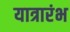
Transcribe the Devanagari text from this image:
यात्रारंभ